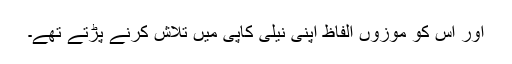
اور اس کو موزوں الفاظ اپنی نیلی کاپی میں تلاش کرنے پڑتے تھے۔